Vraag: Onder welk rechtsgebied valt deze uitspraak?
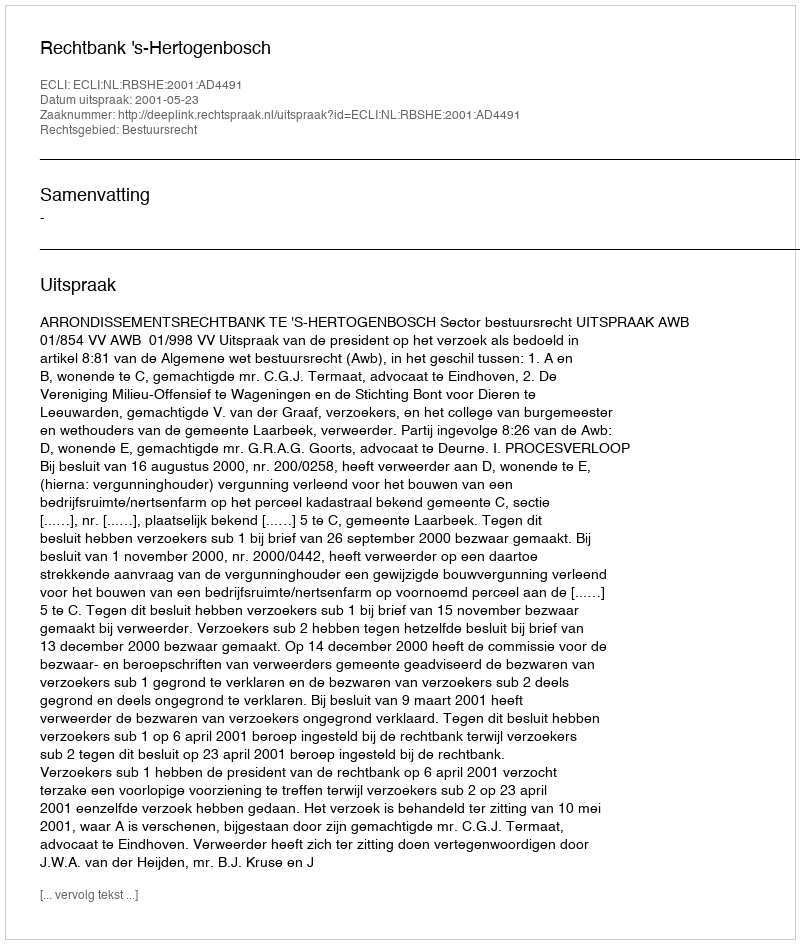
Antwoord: Bestuursrecht